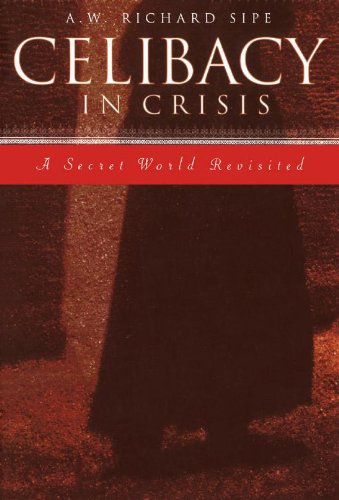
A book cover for Celibacy in Crisis: A Secret World Revisited; A.W. Richard Sipe; Christian Books & Bibles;